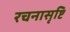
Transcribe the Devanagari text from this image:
रचनासृष्टि